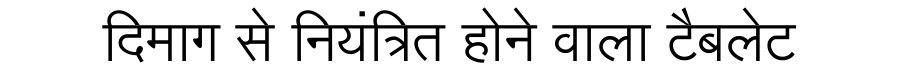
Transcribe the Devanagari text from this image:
दिमाग से नियंत्रित होने वाला टैबलेट